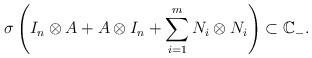
LaTeX: \begin{align*} \sigma\left(I_n\otimes A+A\otimes I_n+\sum_{i=1}^m N_i\otimes N_i\right)\subset \mathbb C_-.\end{align*}